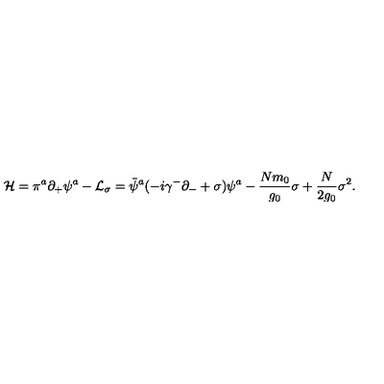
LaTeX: { \cal H } = \pi ^ { a } \partial _ { + } \psi ^ { a } - { \cal L } _ { \sigma } = \bar { \psi } ^ { a } ( - i \gamma ^ { - } \partial _ { - } + \sigma ) \psi ^ { a } - { \frac { N m _ { 0 } } { g _ { 0 } } } \sigma + { \frac { N } { 2 g _ { 0 } } } \sigma ^ { 2 } .